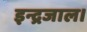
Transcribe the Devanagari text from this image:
इन्द्रजाल।